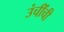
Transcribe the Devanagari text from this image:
उंचींची